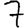
Digit: 7